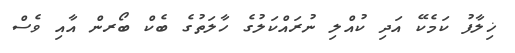
ޚިލާފު ކަމެކޭ އަދި ކުއްލި ނުރައްކަލުގެ ހާލަތުގެ ބެކް ބޯރން އާއި ވެސް